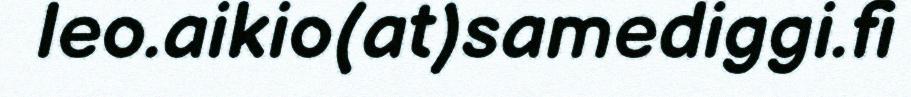
leo.aikio(at)samediggi.fi